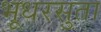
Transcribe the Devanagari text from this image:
भूधरसुता